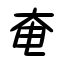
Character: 奄